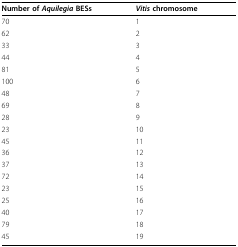
<table><thead><tr><td><b>Number of <i>Aquilegia </i>BESs</b></td><td><b><i>Vitis </i>chromosome</b></td></tr></thead><tbody><tr><td>70</td><td>1</td></tr><tr><td>62</td><td>2</td></tr><tr><td>33</td><td>3</td></tr><tr><td>44</td><td>4</td></tr><tr><td>81</td><td>5</td></tr><tr><td>100</td><td>6</td></tr><tr><td>48</td><td>7</td></tr><tr><td>69</td><td>8</td></tr><tr><td>28</td><td>9</td></tr><tr><td>23</td><td>10</td></tr><tr><td>45</td><td>11</td></tr><tr><td>36</td><td>12</td></tr><tr><td>37</td><td>13</td></tr><tr><td>72</td><td>14</td></tr><tr><td>23</td><td>15</td></tr><tr><td>25</td><td>16</td></tr><tr><td>40</td><td>17</td></tr><tr><td>79</td><td>18</td></tr><tr><td>45</td><td>19</td></tr></tbody></table>